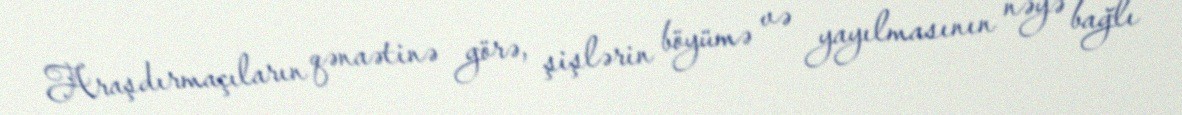
Araşdırmaçıların qənaətinə görə, şişlərin böyümə və yayılmasının nəyə bağlı